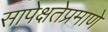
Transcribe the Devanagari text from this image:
सापेक्षतेप्रमाणे